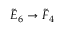
{ \tilde { E } } _ { 6 } \to { \tilde { F } } _ { 4 }